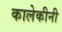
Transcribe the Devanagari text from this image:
कालेकीनी